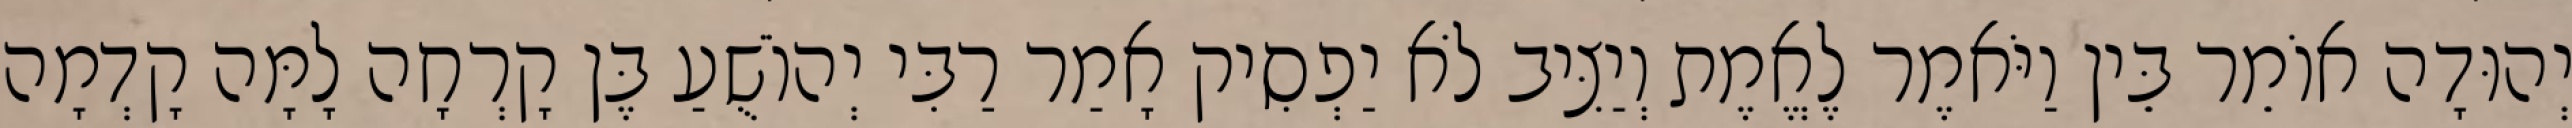
יְהוּדָה אוֹמֵר בֵּין וַיֹּאמֶר לֶאֱמֶת וְיַצִּיב לֹא יַפְסִיק אָמַר רַבִּי יְהוֹשֻׁעַ בֶּן קָרְחָה לָמָּה קָדְמָה